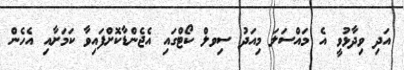
އަދި ވިދާޅުވީ އެ މައްސަލަ މިއަދު ސިވލް ކޯޓްގައި އެޖެންޑާކޮށްފައިވާ ކަމަށާއި އެހެން